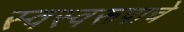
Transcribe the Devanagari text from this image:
स्वस्वरूपाचे